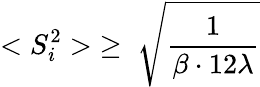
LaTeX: <S_{i}^{2}>\; \ge\; {\sqrt\frac{1}{\beta\cdot 12\lambda}}